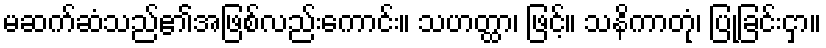
မဆက်ဆံသည်၏အဖြစ်လည်းကောင်း။ သဟတ္ထာ၊ ဖြင့်။ သနိကာတုံ၊ ပြုခြင်းငှာ။